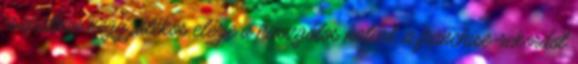
csapatban négy játékos elérje a húszgólos határt, a franchise-rekordot